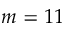
m = 1 1